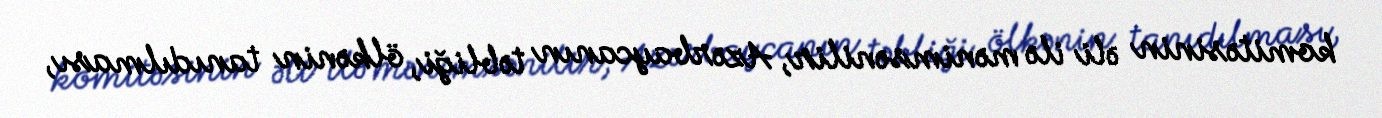
komitəsinin əli ilə mənimsənilir, Azərbaycanın təbliği, ölkənin tanıdılması,